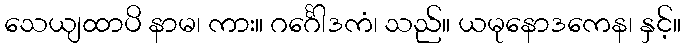
သေယျထာပိ နာမ၊ ကား။ ဂင်္ဂေါဒကံ၊ သည်။ ယမုနောဒကေန၊ နှင့်။